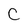
Character: c